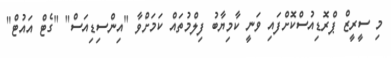
މި ސީރީޒް ޕްރޮޑިއުސްކޮށްފައި ވަނީ ކާމިޔާބު ފިލްމުތައް ކަމަށްވާ "އިންސިޑިއަސް" "ގެޓް އައުޓް"